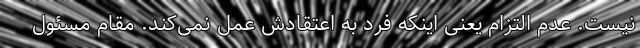
نیست. عدم التزام یعنی اینکه فرد به اعتقادش عمل نمی‌کند. مقام مسئول